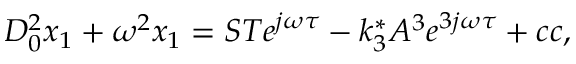
D _ { 0 } ^ { 2 } x _ { 1 } + \omega ^ { 2 } x _ { 1 } = S T e ^ { j \omega \tau } - k _ { 3 } ^ { * } A ^ { 3 } e ^ { 3 j \omega \tau } + c c ,